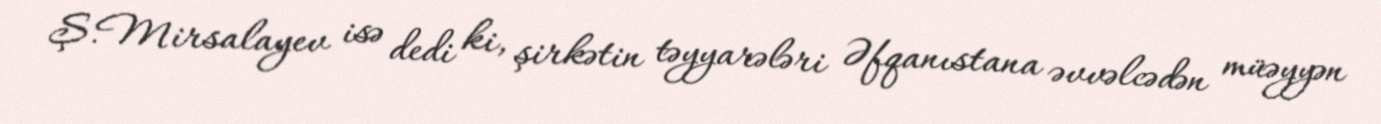
Ş.Mirsalayev isə dedi ki, şirkətin təyyarələri Əfqanıstana əvvəlcədən müəyyən